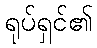
ရုပ်ရှင်၏